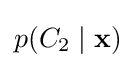
p(C_{2}\mid \mathbf {x} )